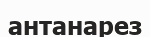
антанарез